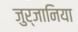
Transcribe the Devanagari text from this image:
जुर्जानिया